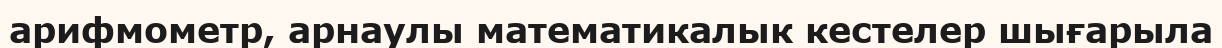
арифмометр, арнаулы математикалык кестелер шығарыла